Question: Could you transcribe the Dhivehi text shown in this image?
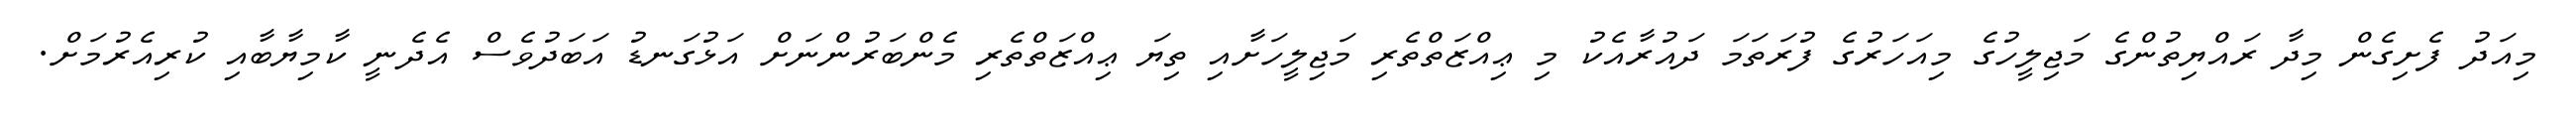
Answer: މިއަދު ފެށިގެން މިދާ ރައްޔިތުންގެ މަޖިލީހުގެ މިއަހަރުގެ ފުރަތަމަ ދައުރާއެކު މި ޢިއްޒަތްތެރި މަޖިލީހަށާއި ތިޔަ ޢިއްޒަތްތެރި މެންބަރުންނަށް އަޅުގަނޑު އަބަދުވެސް އެދެނީ ކާމިޔާބާއި ކުރިއެރުމަށް.